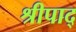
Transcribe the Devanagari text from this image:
श्रीपाद्